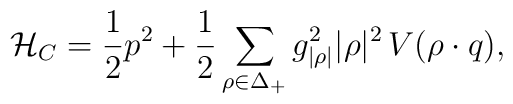
\mathcal{H}_C = {1\over 2} p^{2} + {1\over2}\sum_{\rho\in\Delta_+}   {g_{|\rho|}^{2} |\rho|^{2}}   \,V(\rho\cdot q),